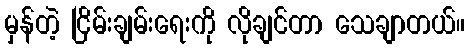
မှန်တဲ့ ငြိမ်းချမ်းရေးကို လိုချင်တာ သေချာတယ်။